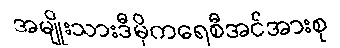
အမျိုးသားဒီမိုကရေစီအင်အားစု